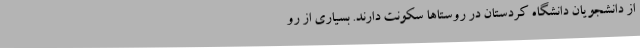
از دانشجویان دانشگاه کردستان در روستاها سکونت دارند. بسیاری از رو